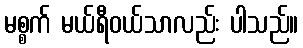
မစ္စက် မယ်ရီဝယ်သာလည်း ပါသည်။